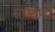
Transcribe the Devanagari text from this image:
संघठणों